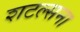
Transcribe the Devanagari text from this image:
शटल्सना